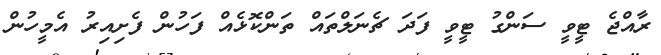
ރާއްޖެ ޓީވީ ސަންގު ޓީވީ ފަދަ ޗެނަލްތައް ތަންކޮޅެއް ފަހުން ފެށިއިރު އެމީހުން